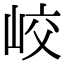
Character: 峧